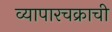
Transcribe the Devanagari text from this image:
व्यापारचक्राची